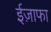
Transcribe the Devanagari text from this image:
ईज़ाफा